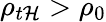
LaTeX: \rho_{t\mathcal{H}}>\rho_{0}